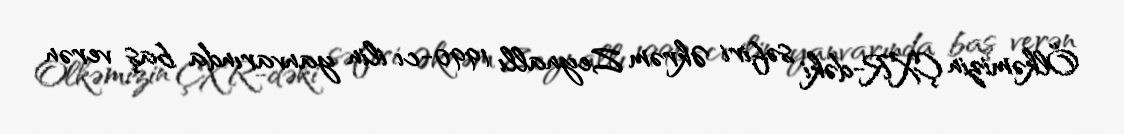
Ölkəmizin ÇXR-dəki səfiri Əkrəm Zeynallı 1990-cı ilin yanvarında baş verən